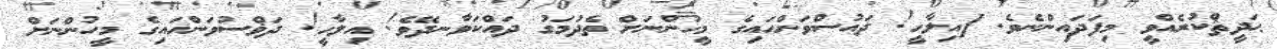
ޙަދީޘްކުރެއްވީ މިފަދައިންނެވެ. [އިލާހީ! ދައުސްވަންހައިގެ މީހުންނަށް ތެދުމަގު ދައްކަވާނދޭވެ! އިލާހީ! ދަޥްސުވަންހައިގެ މީހުންނަށް